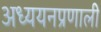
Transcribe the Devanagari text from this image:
अध्ययनप्रणाली